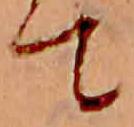
て